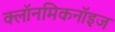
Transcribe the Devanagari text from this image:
क्लॉनमिकनॉइज